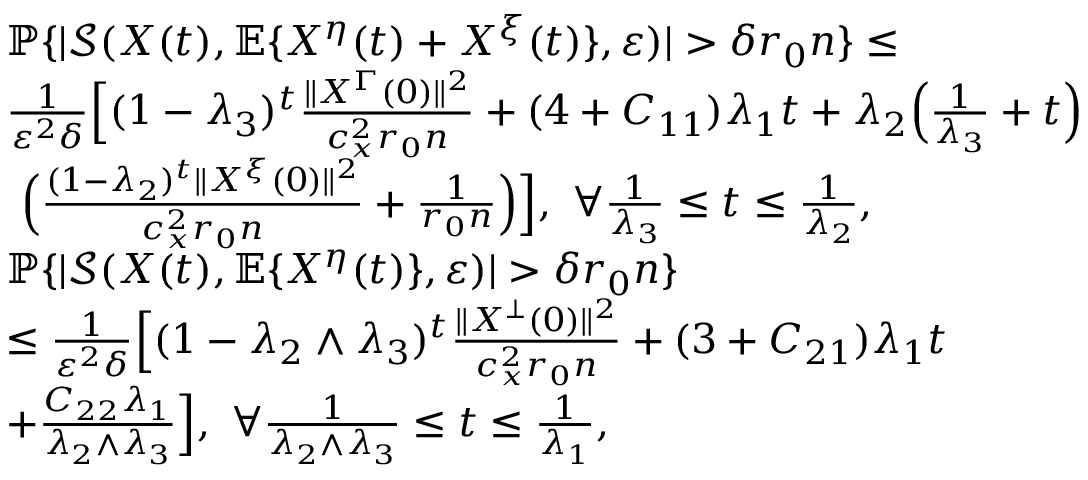
\begin{array} { r l } & { \mathbb { P } \{ | \mathcal { S } ( X ( t ) , \mathbb { E } \{ X ^ { \eta } ( t ) + X ^ { \xi } ( t ) \} , \varepsilon ) | > \delta r _ { 0 } n \} \le } \\ & { \frac { 1 } { \varepsilon ^ { 2 } \delta } \Big [ ( 1 - \lambda _ { 3 } ) ^ { t } \frac { \| X ^ { \Gamma } ( 0 ) \| ^ { 2 } } { c _ { x } ^ { 2 } r _ { 0 } n } + ( 4 + C _ { 1 1 } ) \lambda _ { 1 } t + \lambda _ { 2 } \Big ( \frac { 1 } { \lambda _ { 3 } } + t \Big ) } \\ & { ~ \Big ( \frac { ( 1 - \lambda _ { 2 } ) ^ { t } \| X ^ { \xi } ( 0 ) \| ^ { 2 } } { c _ { x } ^ { 2 } r _ { 0 } n } + \frac { 1 } { r _ { 0 } n } \Big ) \Big ] , ~ \forall \frac { 1 } { \lambda _ { 3 } } \le t \le \frac { 1 } { \lambda _ { 2 } } , } \\ & { \mathbb { P } \{ | \mathcal { S } ( X ( t ) , \mathbb { E } \{ X ^ { \eta } ( t ) \} , \varepsilon ) | > \delta r _ { 0 } n \} } \\ & { \le \frac { 1 } { \varepsilon ^ { 2 } \delta } \Big [ ( 1 - \lambda _ { 2 } \wedge \lambda _ { 3 } ) ^ { t } \frac { \| X ^ { \bot } ( 0 ) \| ^ { 2 } } { c _ { x } ^ { 2 } r _ { 0 } n } + ( 3 + C _ { 2 1 } ) \lambda _ { 1 } t } \\ & { + \frac { C _ { 2 2 } \lambda _ { 1 } } { \lambda _ { 2 } \wedge \lambda _ { 3 } } \Big ] , ~ \forall \frac { 1 } { \lambda _ { 2 } \wedge \lambda _ { 3 } } \le t \le \frac { 1 } { \lambda _ { 1 } } , } \end{array}